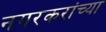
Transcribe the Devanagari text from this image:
नगरकरांच्या